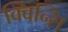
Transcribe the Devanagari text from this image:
क्विन्सि